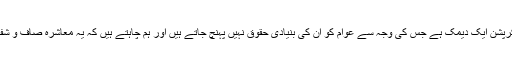
انہوں نے کہا کرپشن ایک دیمک ہے جس کی وجہ سے عوام کو ان کی بنیادی حقوق نہیں پہنچ جاتے ہیں اور ہم چاہتے ہیں کہ یہ معاشرہ صاف و شفاف معاشرہ ہو ۔